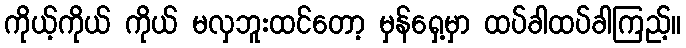
ကိုယ့်ကိုယ် ကိုယ် မလှဘူးထင်တော့ မှန်ရှေ့မှာ ထပ်ခါထပ်ခါကြည့်။